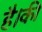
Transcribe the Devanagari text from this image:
है।की